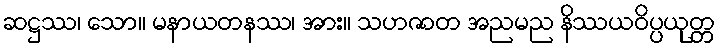
ဆဋ္ဌဿ၊ သော။ မနာယတနဿ၊ အား။ သဟဇာတ အညမည နိဿယဝိပ္ပယုတ္တ